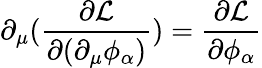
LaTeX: \partial_{\mu}({\frac{\partial{\mathcal{L}}}{\partial(\partial_{\mu}\phi_{\alpha})}})={\frac{\partial{\mathcal{L}}}{\partial\phi_{\alpha}}}